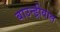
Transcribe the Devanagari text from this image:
बाउन्ड्रीवाल